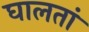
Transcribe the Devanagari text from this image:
घालतां